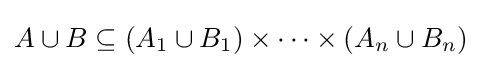
A\cup B\subseteq (A_{1}\cup B_{1})\times \dots \times (A_{n}\cup B_{n})